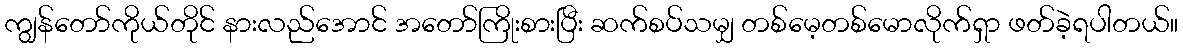
ကျွန်တော်ကိုယ်တိုင် နားလည်အောင် အတော်ကြိုးစားပြီး ဆက်စပ်သမျှ တစ်မေ့တစ်မောလိုက်ရှာ ဖတ်ခဲ့ရပါတယ်။